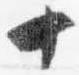
十